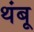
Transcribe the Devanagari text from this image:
थंबू